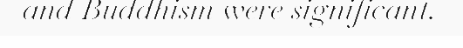
and Buddhism were significant.